Report on sanitation, dispensaries, and jails in Rajputana for 1916, and on vaccination for the year 1916-1917 - 1916-1917
Year: 1916
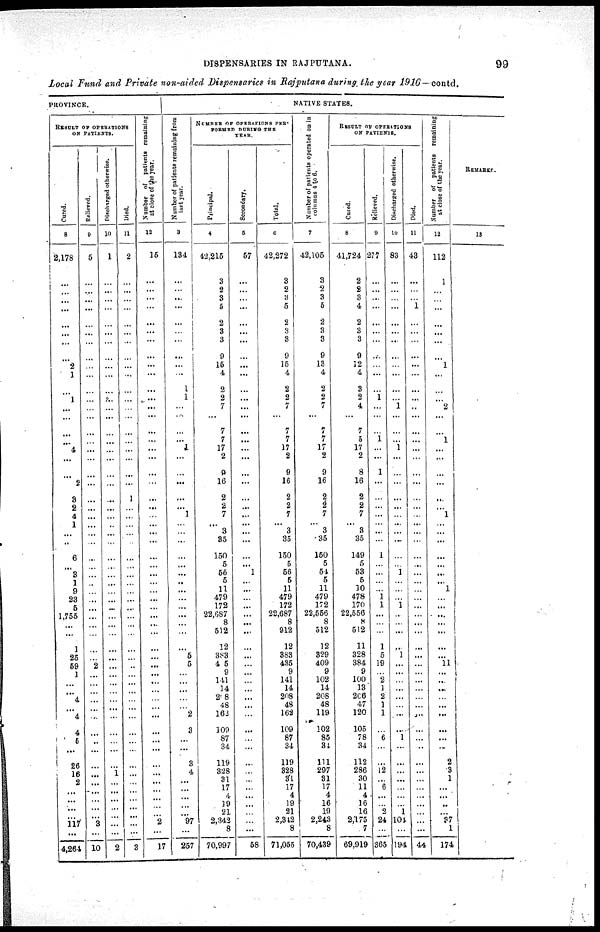
DISPENSARIES IN RAJPUTANA.
99
Local Fund and Private non-aided Dispensaries in Rajputana during the year 1916 — contd.
PROVINCE.
RESULT OF OPERATIONS
ON PATIENTS.
Cured.
8
2,178
...
...
...
...
...
...
...
...
2
1
...
1
...
...
...
...
4
...
...
2
3
2
4
1
...
...
6
...
3
1
9
23
5
1,755
...
...
1
25
59
1
...
...
4
...
4
4
5
...
26
16
2
...
...
...
...
117
...
4,264
Relieved.
9
5
...
...
...
...
...
...
...
...
...
...
...
...
...
...
...
...
...
...
...
...
...
...
...
...
...
...
...
...
...
...
...
...
...
...
...
...
...
...
2
...
...
...
...
...
...
...
...
...
...
...
...
...
...
...
...
3
...
10
Discharged otherwise.
10
1
...
...
...
...
...
...
...
...
...
...
...
...
...
...
...
...
...
...
...
...
...
...
...
...
...
...
...
...
...
...
...
...
...
...
...
...
...
...
...
...
...
...
...
...
...
...
...
...
...
1
...
...
...
...
...
...
...
2
Died.
11
2
...
...
...
...
...
...
...
...
...
...
...
...
...
...
...
...
...
...
...
...
1
...
...
...
...
...
...
...
...
...
...
...
...
...
...
...
...
...
...
...
...
...
...
...
...
...
...
...
...
...
...
...
...
...
...
...
...
3
Number of patients remaining
at close of the year.
12
15
...
...
...
...
...
...
...
...
...
...
...
...
...
...
...
...
...
...
...
...
...
...
...
...
...
...
...
...
...
...
...
...
...
...
... ...
...
...
...
...
...
...
...
...
...
...
...
...
...
...
...
...
...
...
...
2
...
17
NATIVE STATES.
Number of patients remaining from
last year.
3
134
...
...
... ...
...
...
...
...
...
...
1
1
...
...
...
...
1
...
...
...
...
...
1
...
...
...
...
...
...
...
...
...
...
...
...
...
...
5
5
...
...
...
...
...
2
3
...
...
3
4
...
...
...
...
...
97
...
257
NUMBER OF OPERATIONS PER¬
FORMED DURING THE
YEAR.
Principal.
4
42,215
3
2
3
5
2
3
3
9
15
4
2
2
7
...
7
7
17
2
9
16
2
2
7
... 3
35
150
5
55
5
11
479
172
22,687
8
512
12
383
435
9
141
14
208
48
162
109
87
34
119
328
31
17
4
19
21
2,342
8
70,997
Secondary.
5
57
...
...
...
...
...
...
...
...
...
...
...
...
...
...
...
...
...
...
...
...
...
...
...
...
...
...
...
... 1
...
...
...
...
...
...
...
...
...
...
...
...
...
...
...
...
...
...
...
...
...
...
...
...
...
...
...
...
58
Total.
6
42,272
3
2
3
5
2
3
3
9
15
4
2
2
7
...
7
7
17
2
9
16
2
2
7
... 3
35
150
5
56
5
11
479
172
22,687
8
912
12
383
435
9
141
14
208
48
162
109
87
34
119
323
31
17
4
19
21
2,342
8
71,055
Number of patients operated on in
columns 4 to 6.
7
42,105
3
2
3
5
2
3
3
9
13
4
2
2
7
...
7
7
17
2
9
16
2
2
7
... 3
35
150
5
54
5
11
479
172
22,556
8
512
12
329
409
9
102
14
208
48
119
102
85
34
111
297
31
17
4
16
19
2,243
8
70,439
RESULT OF OPERATIONS
ON PATIENTS.
Cured.
8
41,724
2
2
3
4
2
3
3
9
12
4
3
2
4
...
7
5
17
2
8
16
2
2
7
... 3
35
149
5
53
5
10
478
170
22,556
8
512
11
328
384
9
100
13
206
47
120
105
78
34
112
286
30
11
4
16
16
2,175
7
69,919
Relieved.
9
277
...
...
...
...
...
...
...
...
...
...
...
1
...
...
...
1
...
...
1
...
...
...
...
...
...
...
1
...
...
...
...
1
1
...
...
...
1
5
19
...
2
1
2
1
1
...
6
...
...
12
...
6
...
...
2
24
...
365
Discharged otherwise.
10
83
...
...
...
...
...
...
...
...
...
...
...
...
1
...
...
...
1
...
...
...
...
...
...
...
...
...
...
...
1
...
...
...
1
...
...
...
...
1
...
...
...
...
...
...
...
...
1
...
...
...
...
...
...
...
1
104
...
194
Died.
11
43
...
...
...
1
...
...
...
...
...
...
...
...
...
...
...
...
...
...
...
...
...
...
...
...
...
...
...
...
...
...
...
...
...
...
...
...
...
...
...
...
...
...
...
...
...
...
...
...
...
...
...
...
...
...
...
...
...
44
Number of patients remaining
at close of the year.
12
112
1
...
...
...
...
...
...
...
1
...
...
...
2
...
...
1
...
...
...
...
...
...
1
...
...
...
...
...
...
...
1
...
...
...
...
...
...
...
11
...
...
...
...
...
...
...
...
...
2
3
1
...
...
...
...
37
1
174
REMARKS.
13